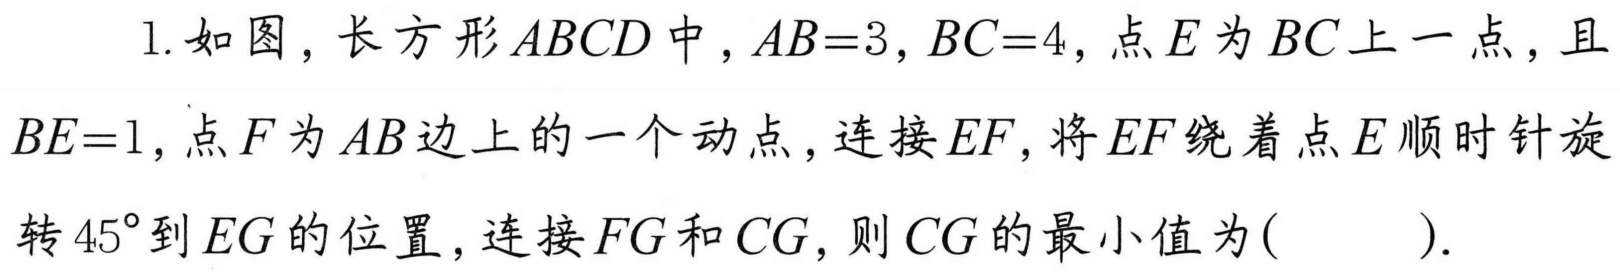
1. 如图，长方形\(ABCD\)中，\(AB = 3,BC = 4\)，点\(E\)为\(BC\)上一点，且\(BE = 1\)，点\(F\)为\(AB\)边上的一个动点，连接\(EF\)，将\(EF\)绕着点\(E\)顺时针旋转\(45^{\circ}\)到\(EG\)的位置，连接\(FG\)和\(CG\)，则\(CG\)的最小值为(  ).